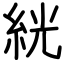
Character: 絖